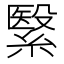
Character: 繄